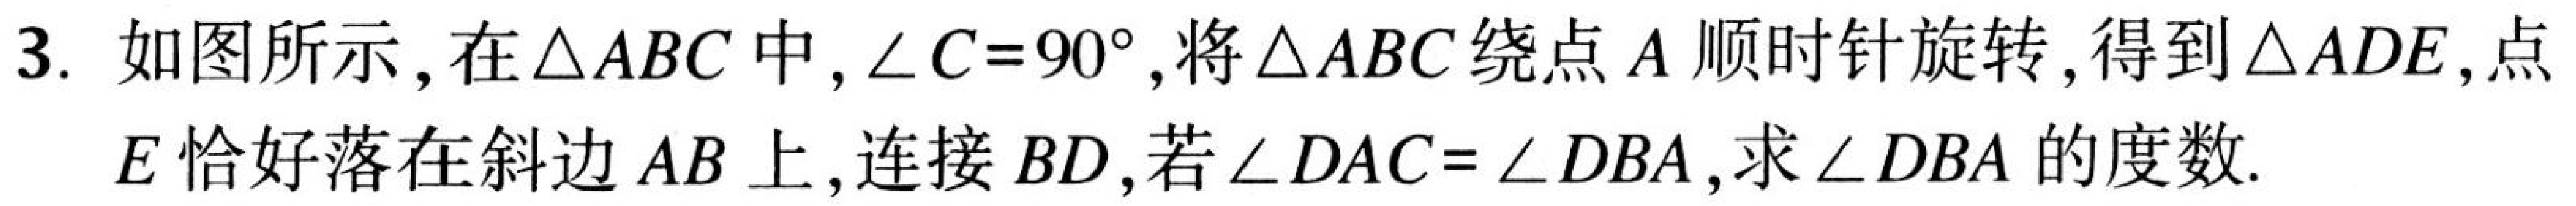
3. 如图所示，在\(\triangle ABC\)中，\(\angle C = 90^{\circ}\)，将\(\triangle ABC\)绕点\(A\)顺时针旋转，得到\(\triangle ADE\)，点\(E\)恰好落在斜边\(AB\)上，连接\(BD\)，若\(\angle DAC=\angle DBA\)，求\(\angle DBA\)的度数.